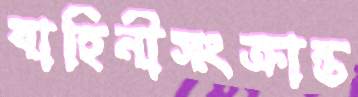
বাহিনীসংক্রান্ত